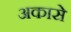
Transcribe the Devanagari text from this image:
अकासे